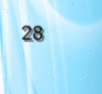
28